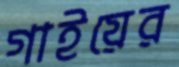
গাইয়ের